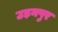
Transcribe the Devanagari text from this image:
उड़नपुर